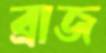
ব্রাজ